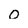
Character: O